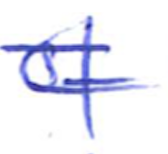
Text: of
Cross-out: double-line
Writing tool: ballpoint